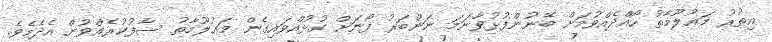
އިތުރު މަޢުލޫމާތު ހޯއްދެއްވުމަށް ބޭނުންފުޅުވާނަމަ ނަންބަރު ފޯނަށް ގުޅުއްވައިގެން މަޢުލޫމާތު ސާފުކުރެއްވުން އެދެމެވެ.